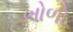
ખોળો